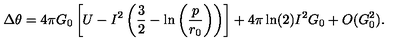
\Delta \theta = 4 \pi G _ { 0 } \left[ U - I ^ { 2 } \left( \frac { 3 } { 2 } - \ln \left( \frac { p } { r _ { 0 } } \right) \right) \right] + 4 \pi \ln ( 2 ) I ^ { 2 } G _ { 0 } + O ( G _ { 0 } ^ { 2 } ) .